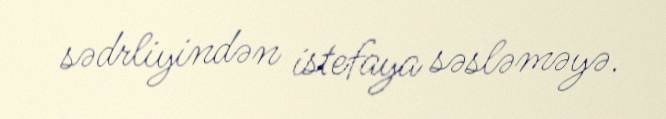
sədrliyindən istefaya səsləməyə.